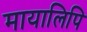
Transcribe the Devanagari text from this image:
मायालिपि